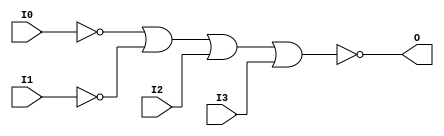

/*

FUNCTION	: 4-INPUT NOR GATE

*/

`timescale  100 ps / 10 ps

`celldefine

module NOR4B2 (O, I0, I1, I2, I3);


    output O;

    input  I0, I1, I2, I3;

    not N1 (i1_inv, I1);
    not N0 (i0_inv, I0);
    nor O1 (O, i0_inv, i1_inv, I2, I3);

    specify
	(I0 *> O) = (0, 0);
	(I1 *> O) = (0, 0);
	(I2 *> O) = (0, 0);
	(I3 *> O) = (0, 0);
    endspecify

endmodule

`endcelldefine